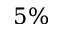
5 \%